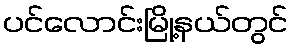
ပင်လောင်းမြို့နယ်တွင်